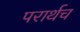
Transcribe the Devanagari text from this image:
परार्थच